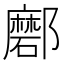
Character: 𨟖